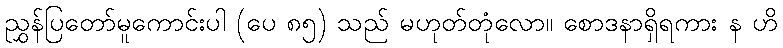
ညွှန်ပြတော်မူကောင်းပါ (ပေ ၈၅) သည် မဟုတ်တုံလော။ စောဒနာရှိရကား န ဟိ